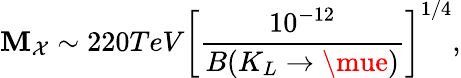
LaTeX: \mathbf{M}_{\mathcal{{X}}}\sim220TeV\left[\frac{{10^{-12}}}{{B(K_{L}\rightarrow\mue)}}\right]^{1/4},